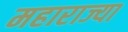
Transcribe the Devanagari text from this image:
महाराज्या